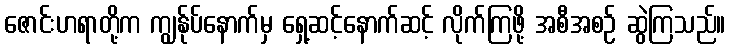
ဇောင်းဟရာတို့က ကျွန်ုပ်နောက်မှ ရှေ့ဆင့်နောက်ဆင့် လိုက်ကြဖို့ အစီအစဉ် ဆွဲကြသည်။